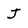
Character: j